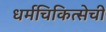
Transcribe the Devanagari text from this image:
धर्मचिकित्सेची